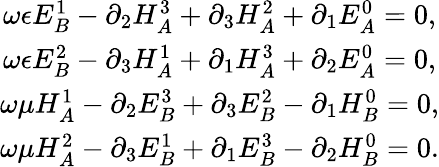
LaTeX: \begin{array}{c}{{\omega\epsilon E_{B}^{1}-\partial_{2}H_{A}^{3}+\partial_{3}H_{A}^{2}+\partial_{1}E_{A}^{0}=0,}}\\ {{\omega\epsilon E_{B}^{2}-\partial_{3}H_{A}^{1}+\partial_{1}H_{A}^{3}+\partial_{2}E_{A}^{0}=0,}}\\ {{\omega\mu H_{A}^{1}-\partial_{2}E_{B}^{3}+\partial_{3}E_{B}^{2}-\partial_{1}H_{B}^{0}=0,}}\\ {{\omega\mu H_{A}^{2}-\partial_{3}E_{B}^{1}+\partial_{1}E_{B}^{3}-\partial_{2}H_{B}^{0}=0.}}\end{array}